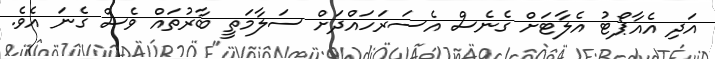
އަދި އެއާޕޯޓު އެލާޓަށް ގެނެސް އެސަރަހައްދަށް ސަލާމަތީ ބާރުތައް ވެސް ގެނަ އެވެ.